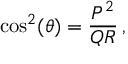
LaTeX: \cos ^ { 2 } ( \theta ) = { \frac { P ^ { 2 } } { Q R } } \, ,